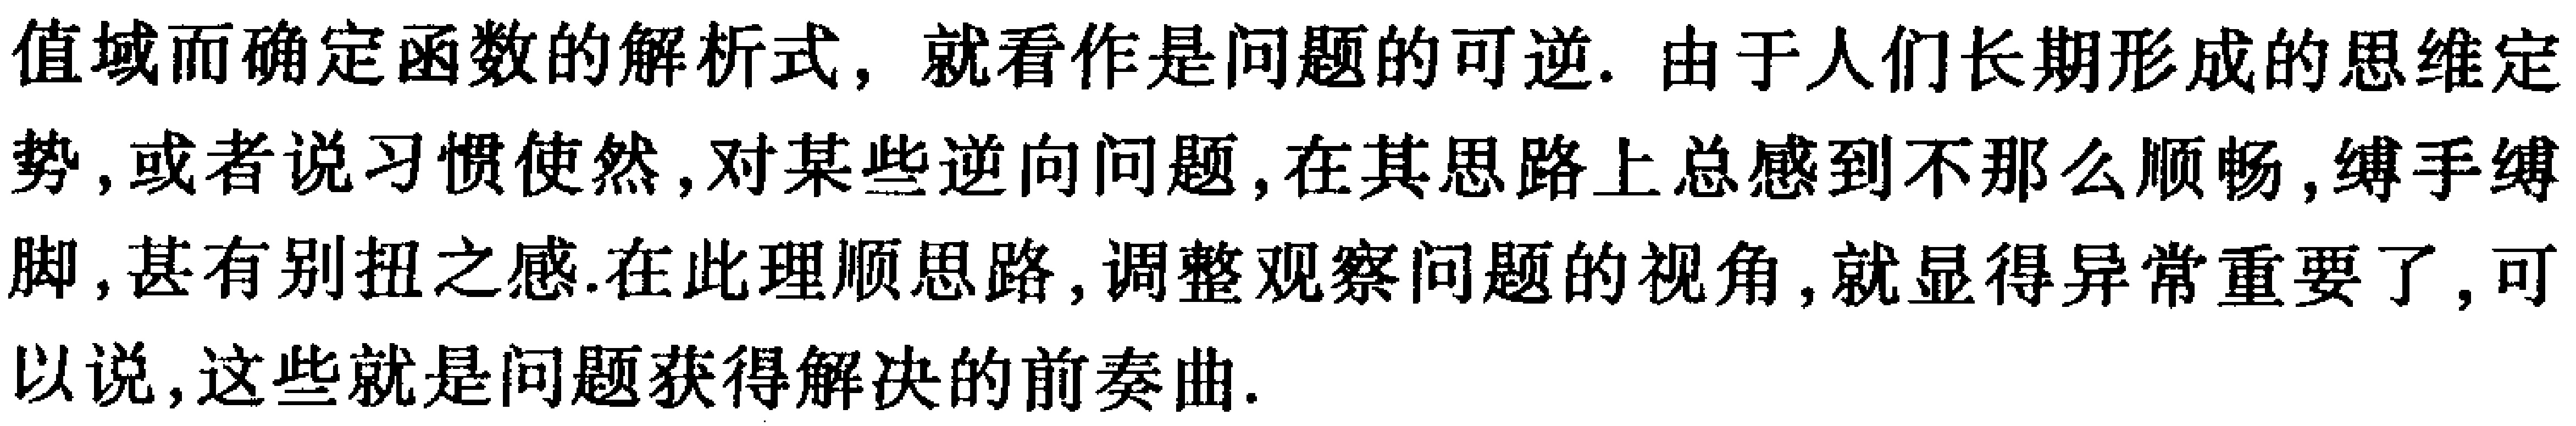
值域而确定函数的解析式，就看作是问题的可逆. 由于人们长期形成的思维定势，或者说习惯使然，对某些逆向问题，在其思路上总感到不那么顺畅，缚手缚脚，甚有别扭之感.在此理顺思路，调整观察问题的视角，就显得异常重要了，可以说，这些就是问题获得解决的前奏曲.